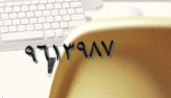
٩٦١٣٩٨٧